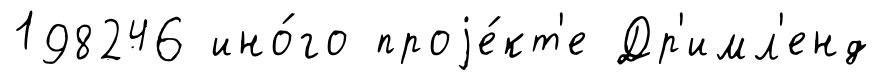
198246 ино́го проjе́кт'е Др'имл'енд